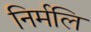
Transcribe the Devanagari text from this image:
निर्मलि